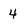
Character: 4